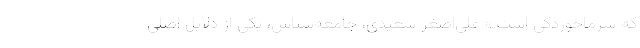
که سرماخوردگی است.» علی‌اصغر سعیدی، جامعه‌شناس، یکی از دلایل اصلی